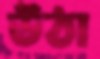
উঠা